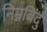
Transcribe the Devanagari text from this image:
निम्नबिंदु